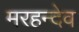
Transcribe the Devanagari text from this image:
मरहन्देव